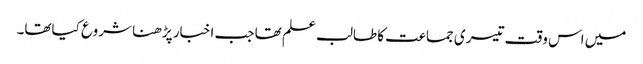
میں اس وقت تیسری جماعت کا طالب علم تھا جب اخبار پڑھنا شروع کیاتھا۔